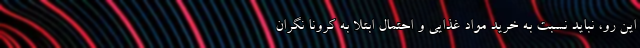
این رو، نباید نسبت به خرید مواد غذایی و احتمال ابتلا به کرونا نگران